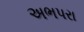
અભપરા